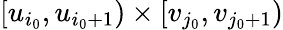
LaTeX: [u_{i_{0}},u_{i_{0}+1})\times[v_{j_{0}},v_{j_{0}+1})